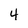
Character: 4